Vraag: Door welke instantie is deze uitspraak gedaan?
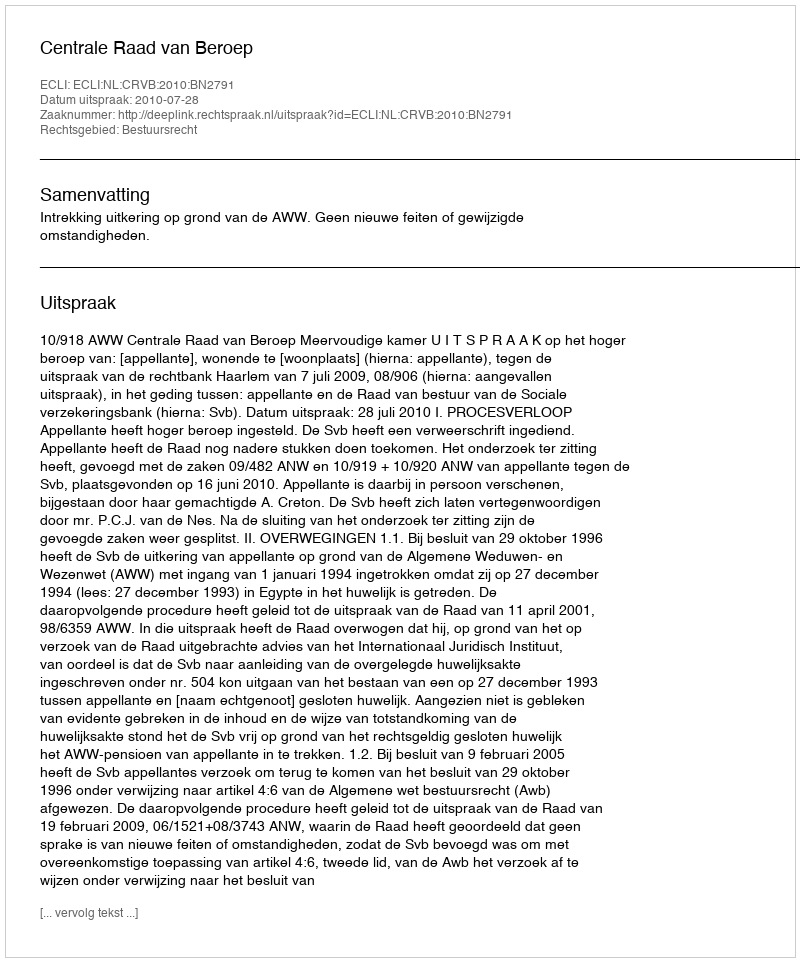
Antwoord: Centrale Raad van Beroep